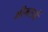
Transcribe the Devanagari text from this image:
भीमराजें